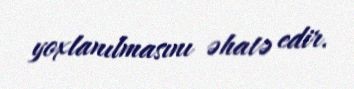
yoxlanılmasını əhatə edir.